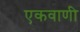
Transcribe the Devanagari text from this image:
एकवाणी